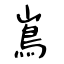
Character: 嶌